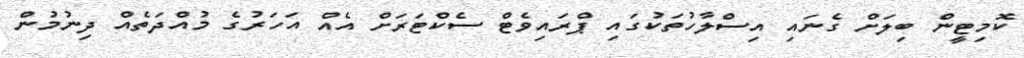
ކޮމިޓީން ބިލަށް ގެނައި އިސްލާހުތަކުގައި ޕްރައިވެޓް ސެކްޓަރަށް އެއް އަހަރުގެ މުއްދަތެއް ދިނުމުން